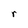
Character: r